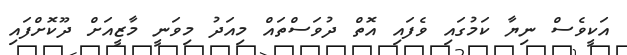
އަކީވެސް ނިޔާ ކަމުގައި ވެފައި އޮތް ދުވަސްތައް މިއަދު މިވަނީ މާޒީއަށް ދޫކޮށްފައި